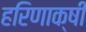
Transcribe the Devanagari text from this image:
हरिणाक्षी